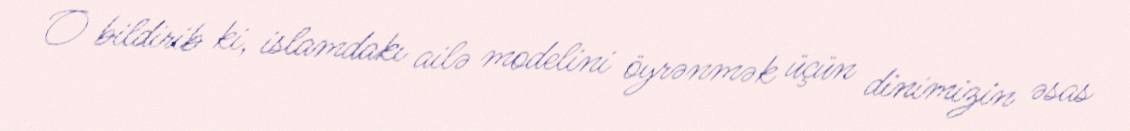
O bildirib ki, islamdakı ailə modelini öyrənmək üçün dinimizin əsas